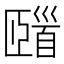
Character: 𩠢